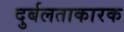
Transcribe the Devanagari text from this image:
दुर्बलताकारक